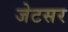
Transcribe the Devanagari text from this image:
जेटसर